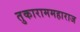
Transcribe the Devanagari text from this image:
तुकाराममहाराज